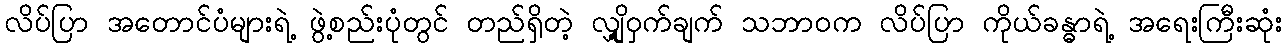
လိပ်ပြာ အတောင်ပံများရဲ့ ဖွဲ့စည်းပုံတွင် တည်ရှိတဲ့ လျှို့ဝှက်ချက် သဘာဝက လိပ်ပြာ ကိုယ်ခန္ဓာရဲ့ အရေးကြီးဆုံး